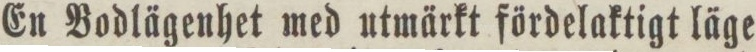
En Bodlägenhet med utmärkt fördelaktigt läge